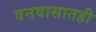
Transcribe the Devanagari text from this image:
वनवासातही